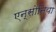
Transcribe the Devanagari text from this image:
एन्सोनिया